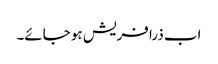
اب ذرا فریش ہو جائے۔